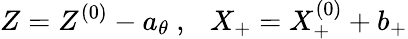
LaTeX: Z=Z^{(0)}-a_{\theta}~,~~~X_{+}=X_{+}^{(0)}+b_{+}